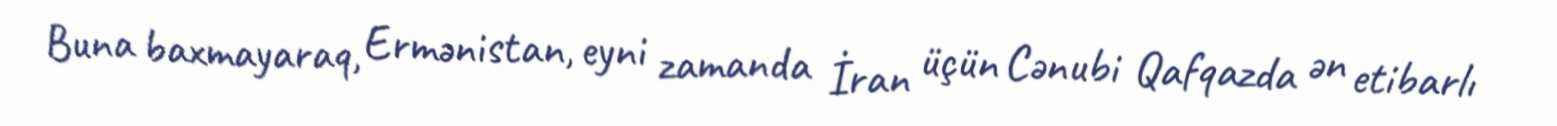
Buna baxmayaraq, Ermənistan, eyni zamanda İran üçün Cənubi Qafqazda ən etibarlı